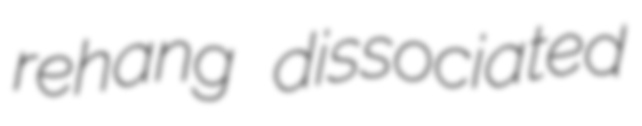
rehang dissociated